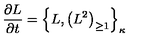
{ \frac { \partial L } { \partial t } } = \left\{ L , \left( L ^ { 2 } \right) _ { \geq 1 } \right\} _ { \kappa }